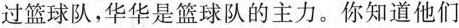
过篮球队，华华是篮球队的主力。你知道他们